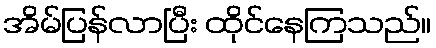
အိမ်ပြန်လာပြီး ထိုင်နေကြသည်။